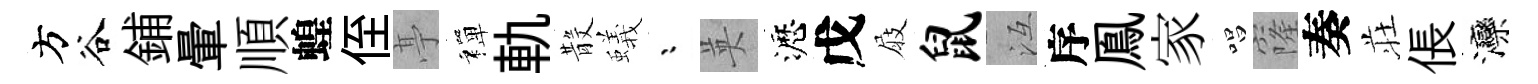
方谷鋪暈順蝗侄𠅘禪軌𣪚蟻漸英瀝戊屐鼠冱序鳯家唱窿奏荘倀灤